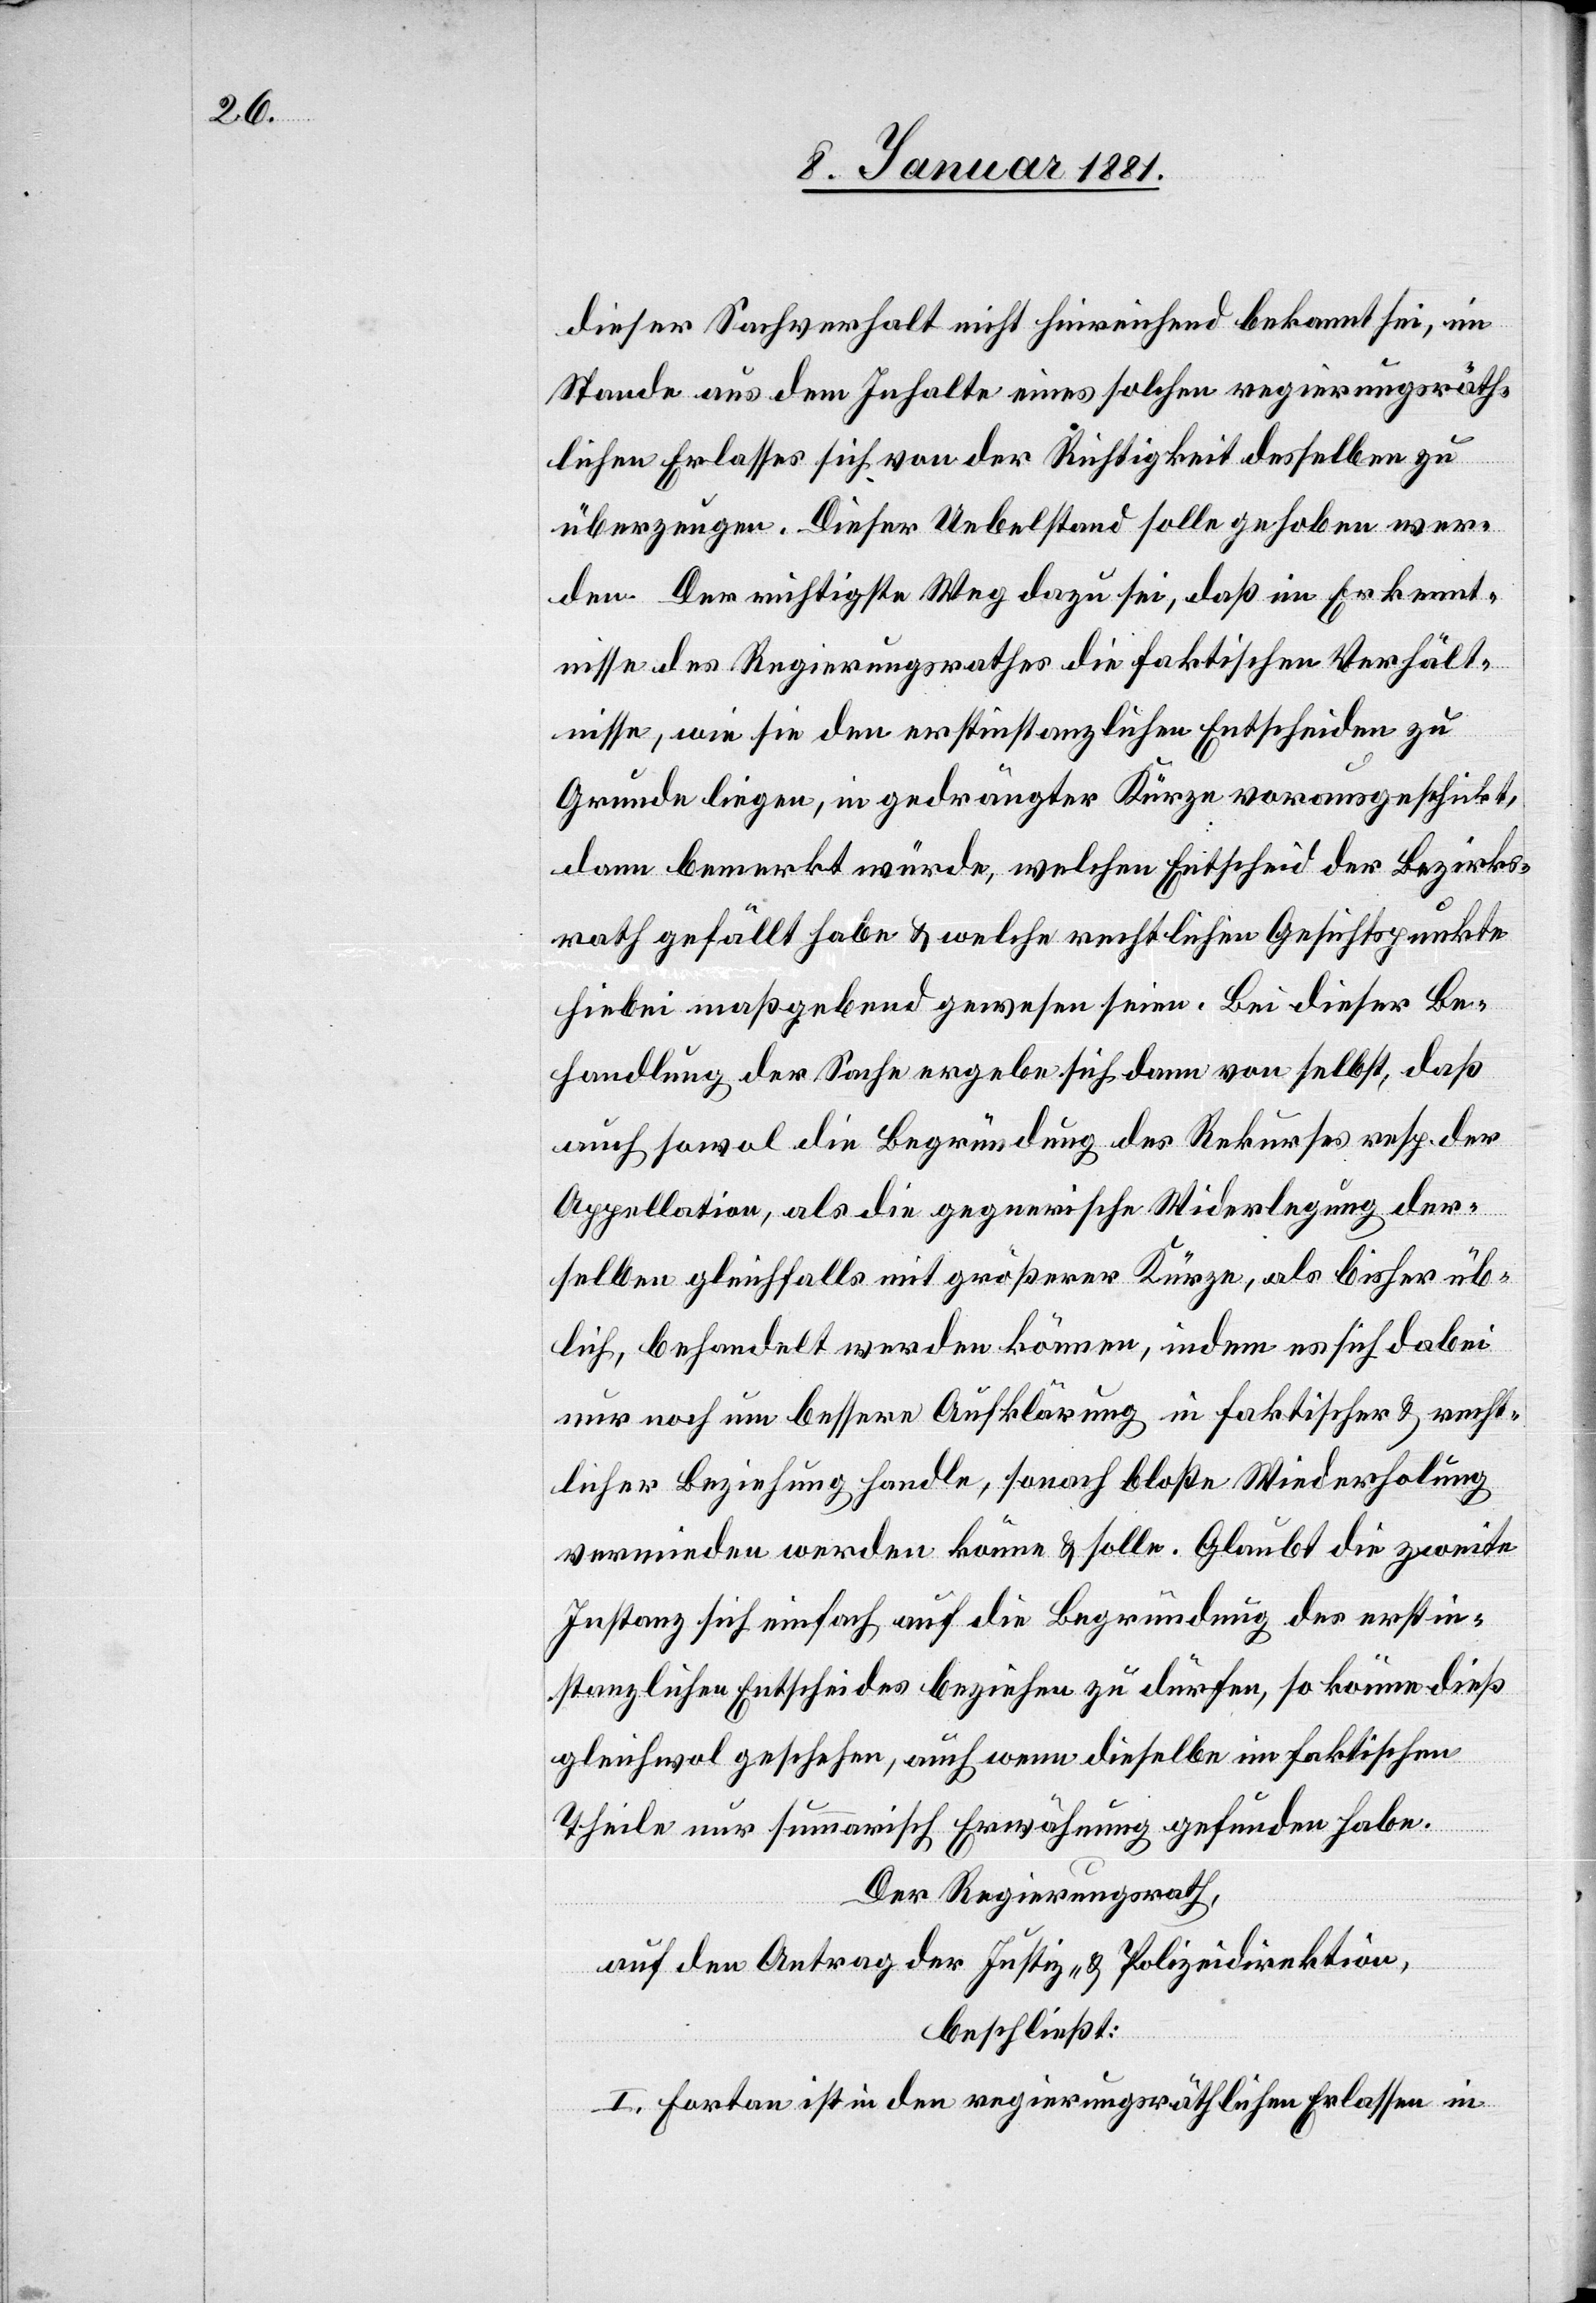
dieser Sachverhalt nicht hinreichend bekannt sei, im
Stande aus dem Inhalte eines solchen regierungsräth¬
lichen Erlasses sich von der Richtigkeit desselben zu
überzeugen. Dieser Uebelstand solle gehoben wer¬
den. Der richtigste Weg dazu sei, daß im Erkennt¬
nisse des Regierungsrathes die faktischen Verhält¬
nisse, wie sie den erstinstanzlichen Entscheiden zu
Grunde liegen, in gedrängter Kürze vorausgeschickt,
dann bemerkt würde, welchen Entscheid der Bezirks¬
rath gefällt habe & welche rechtlichen Gesichtspunkte
hiebei maßgebend gewesen seien. Bei dieser Be¬
handlung der Sache ergebe sich dann von selbst, daß
auch sowol die Begründung des Rekurses resp. der
Appellation, als die gegnerische Widerlegung der¬
selben gleichfalls mit größerer Kürze, als bisher üb¬
lich, behandelt werden können, indem es sich dabei
nur noch um bessere Aufklärung in faktischer & recht¬
licher Beziehung handle, sonach bloße Wiederholung
vermieden werden könne & solle. Glaubt die zweite
Instanz sich einfach auf die Begründung der erstin¬
stanzlichen Entscheides beziehen zu dürfen, so könne dieß
gleichwohl geschehen, auch wenn dieselbe im faktischen
Theile nur summarisch Erwähnung gefunden habe.
Der Regierungsrath,
auf den Antrag der Justiz- & Polizeidirektion,
beschließt:
I. Fortan ist in den regierungsräthlichen Erlassen in